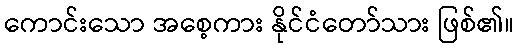
ကောင်းသော အစေ့ကား နိုင်ငံတော်သား ဖြစ်၏။